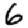
Digit: 6